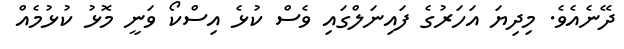
ދޭނެއެވެ. މިދިޔަ އަހަރުގެ ފައިނަލްގައި ވެސް ކުޅެ އިސްކޯ ވަނީ މޮޅު ކުޅުމެއް